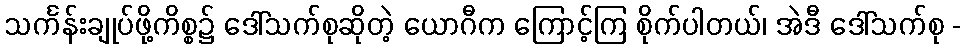
သင်္ကန်းချုပ်ဖို့ကိစ္စ၌ ဒေါ်သက်စုဆိုတဲ့ ယောဂီက ကြောင့်ကြ စိုက်ပါတယ်၊ အဲဒီ ဒေါ်သက်စု -